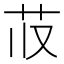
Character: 𬜤